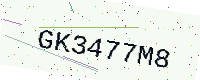
Text: GK3477M8